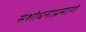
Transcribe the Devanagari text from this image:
संशोधनाप्रमाणे